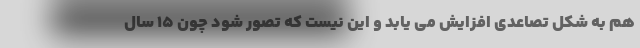
هم به شکل تصاعدی افزایش می یابد و این نیست که تصور شود چون 15 سال